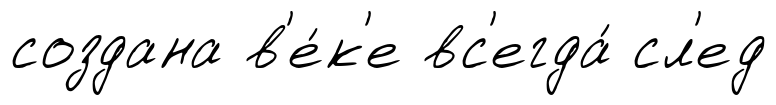
создана в'е́к'е вс'егда́ сл'ед